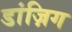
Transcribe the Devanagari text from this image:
डांज़िग